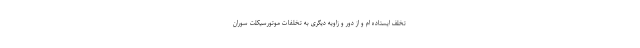
تخلف ایستاده ام و از دور و زاویه دیگری به تخلفات موتورسیکلت سوران